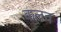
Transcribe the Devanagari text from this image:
कलव